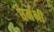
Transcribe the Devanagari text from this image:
धर्मभी